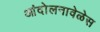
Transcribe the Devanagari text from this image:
आंदोलनावेळेस